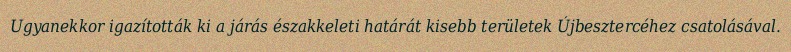
Ugyanekkor igazították ki a járás északkeleti határát kisebb területek Újbesztercéhez csatolásával.